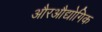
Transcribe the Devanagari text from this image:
औरऔद्योगिक